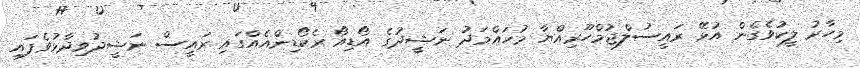
މިހާރު ލީކުވެގެން އުޅޭ ރައީސުލްޖުމްހޫރިއްޔާ މުހައްމަދު ނަޝީދުގެ އޯޑިއޯ ރެކޯޑިންއެއްގައި ރައީސް ނަޝީދުވިދާޅުވެފައި